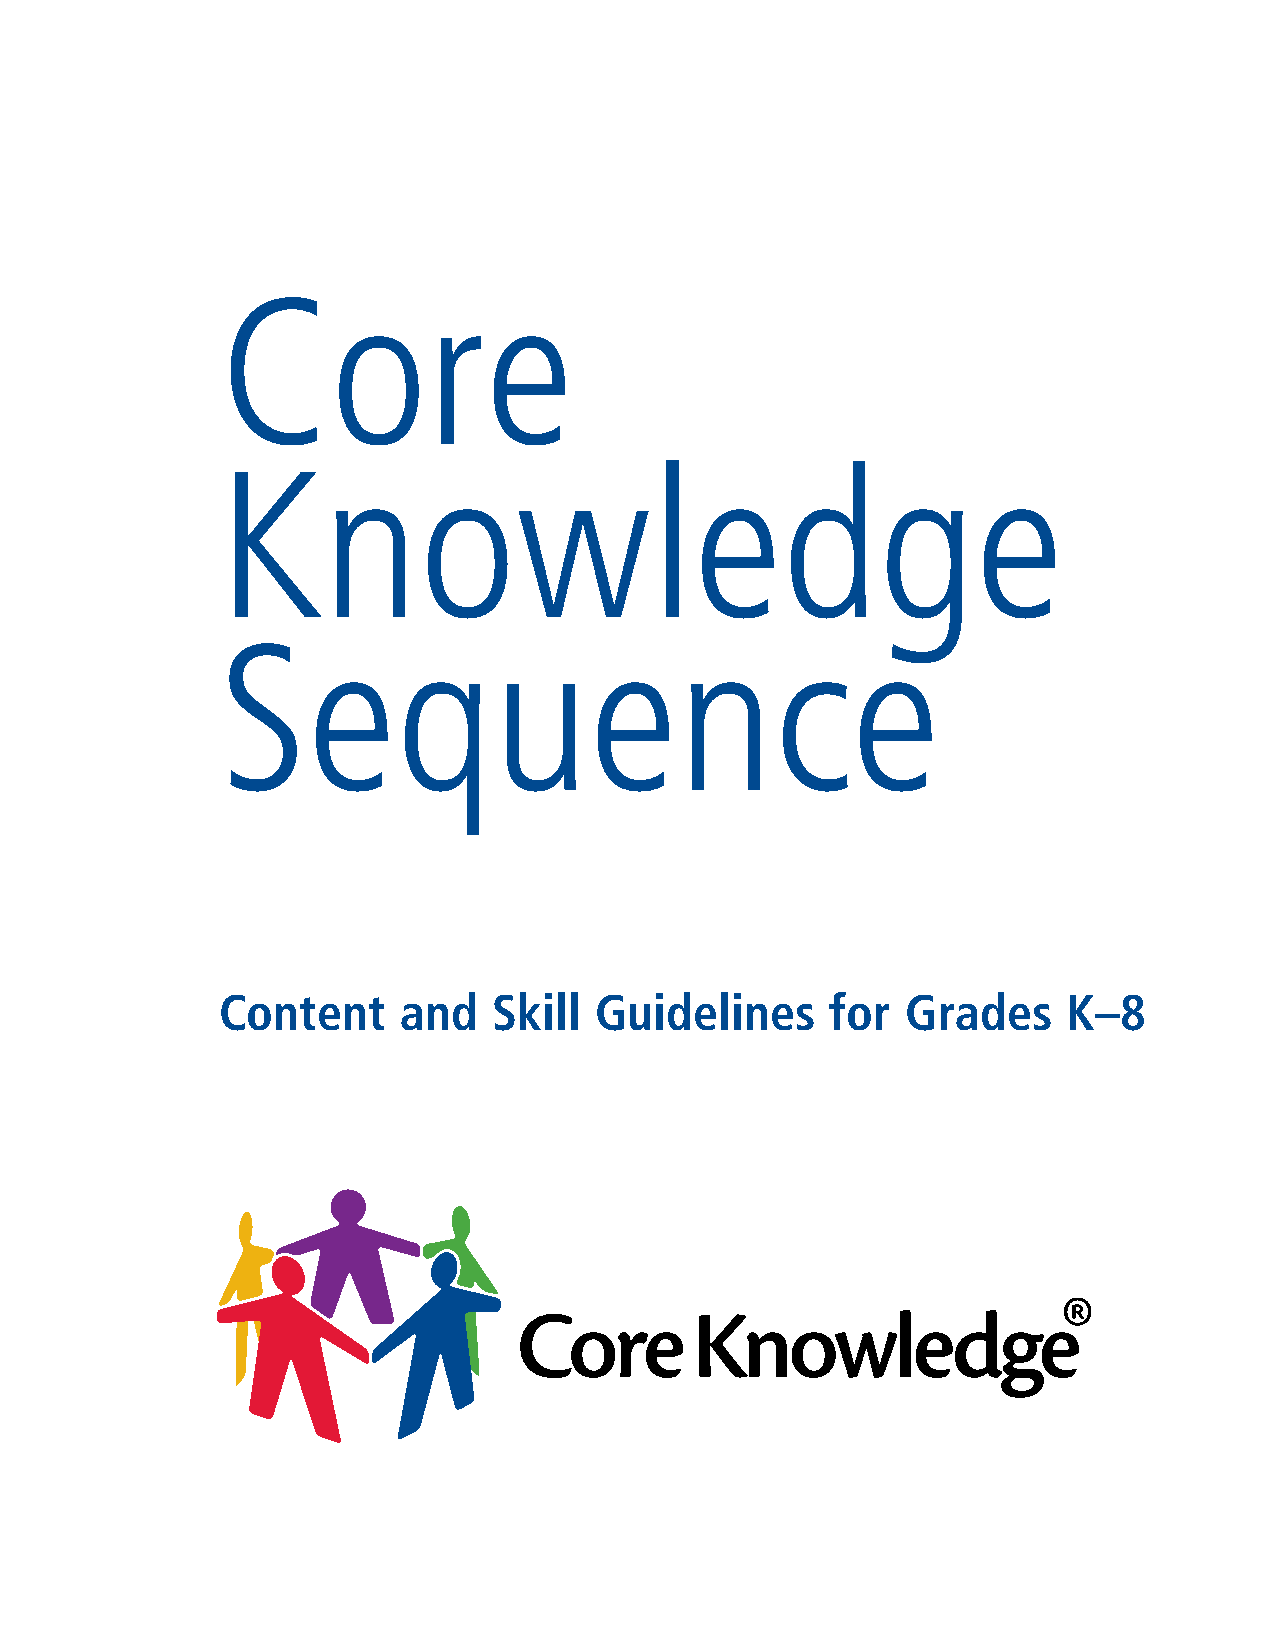
Core
 Knowledge
 Sequence
 Content     and    Skill Guidelines      for  Grades     K–8